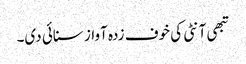
تبھی آنٹی کی خوف زدہ آواز سنائی دی۔